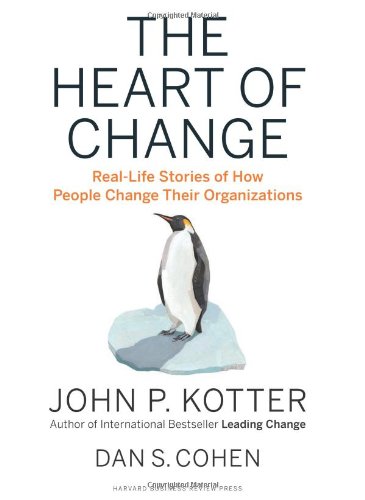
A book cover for The Heart of Change: Real-Life Stories of How People Change Their Organizations; John P. Kotter; Business & Money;